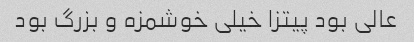
عالی بود پیتزا خیلی خوشمزه و بزرگ بود